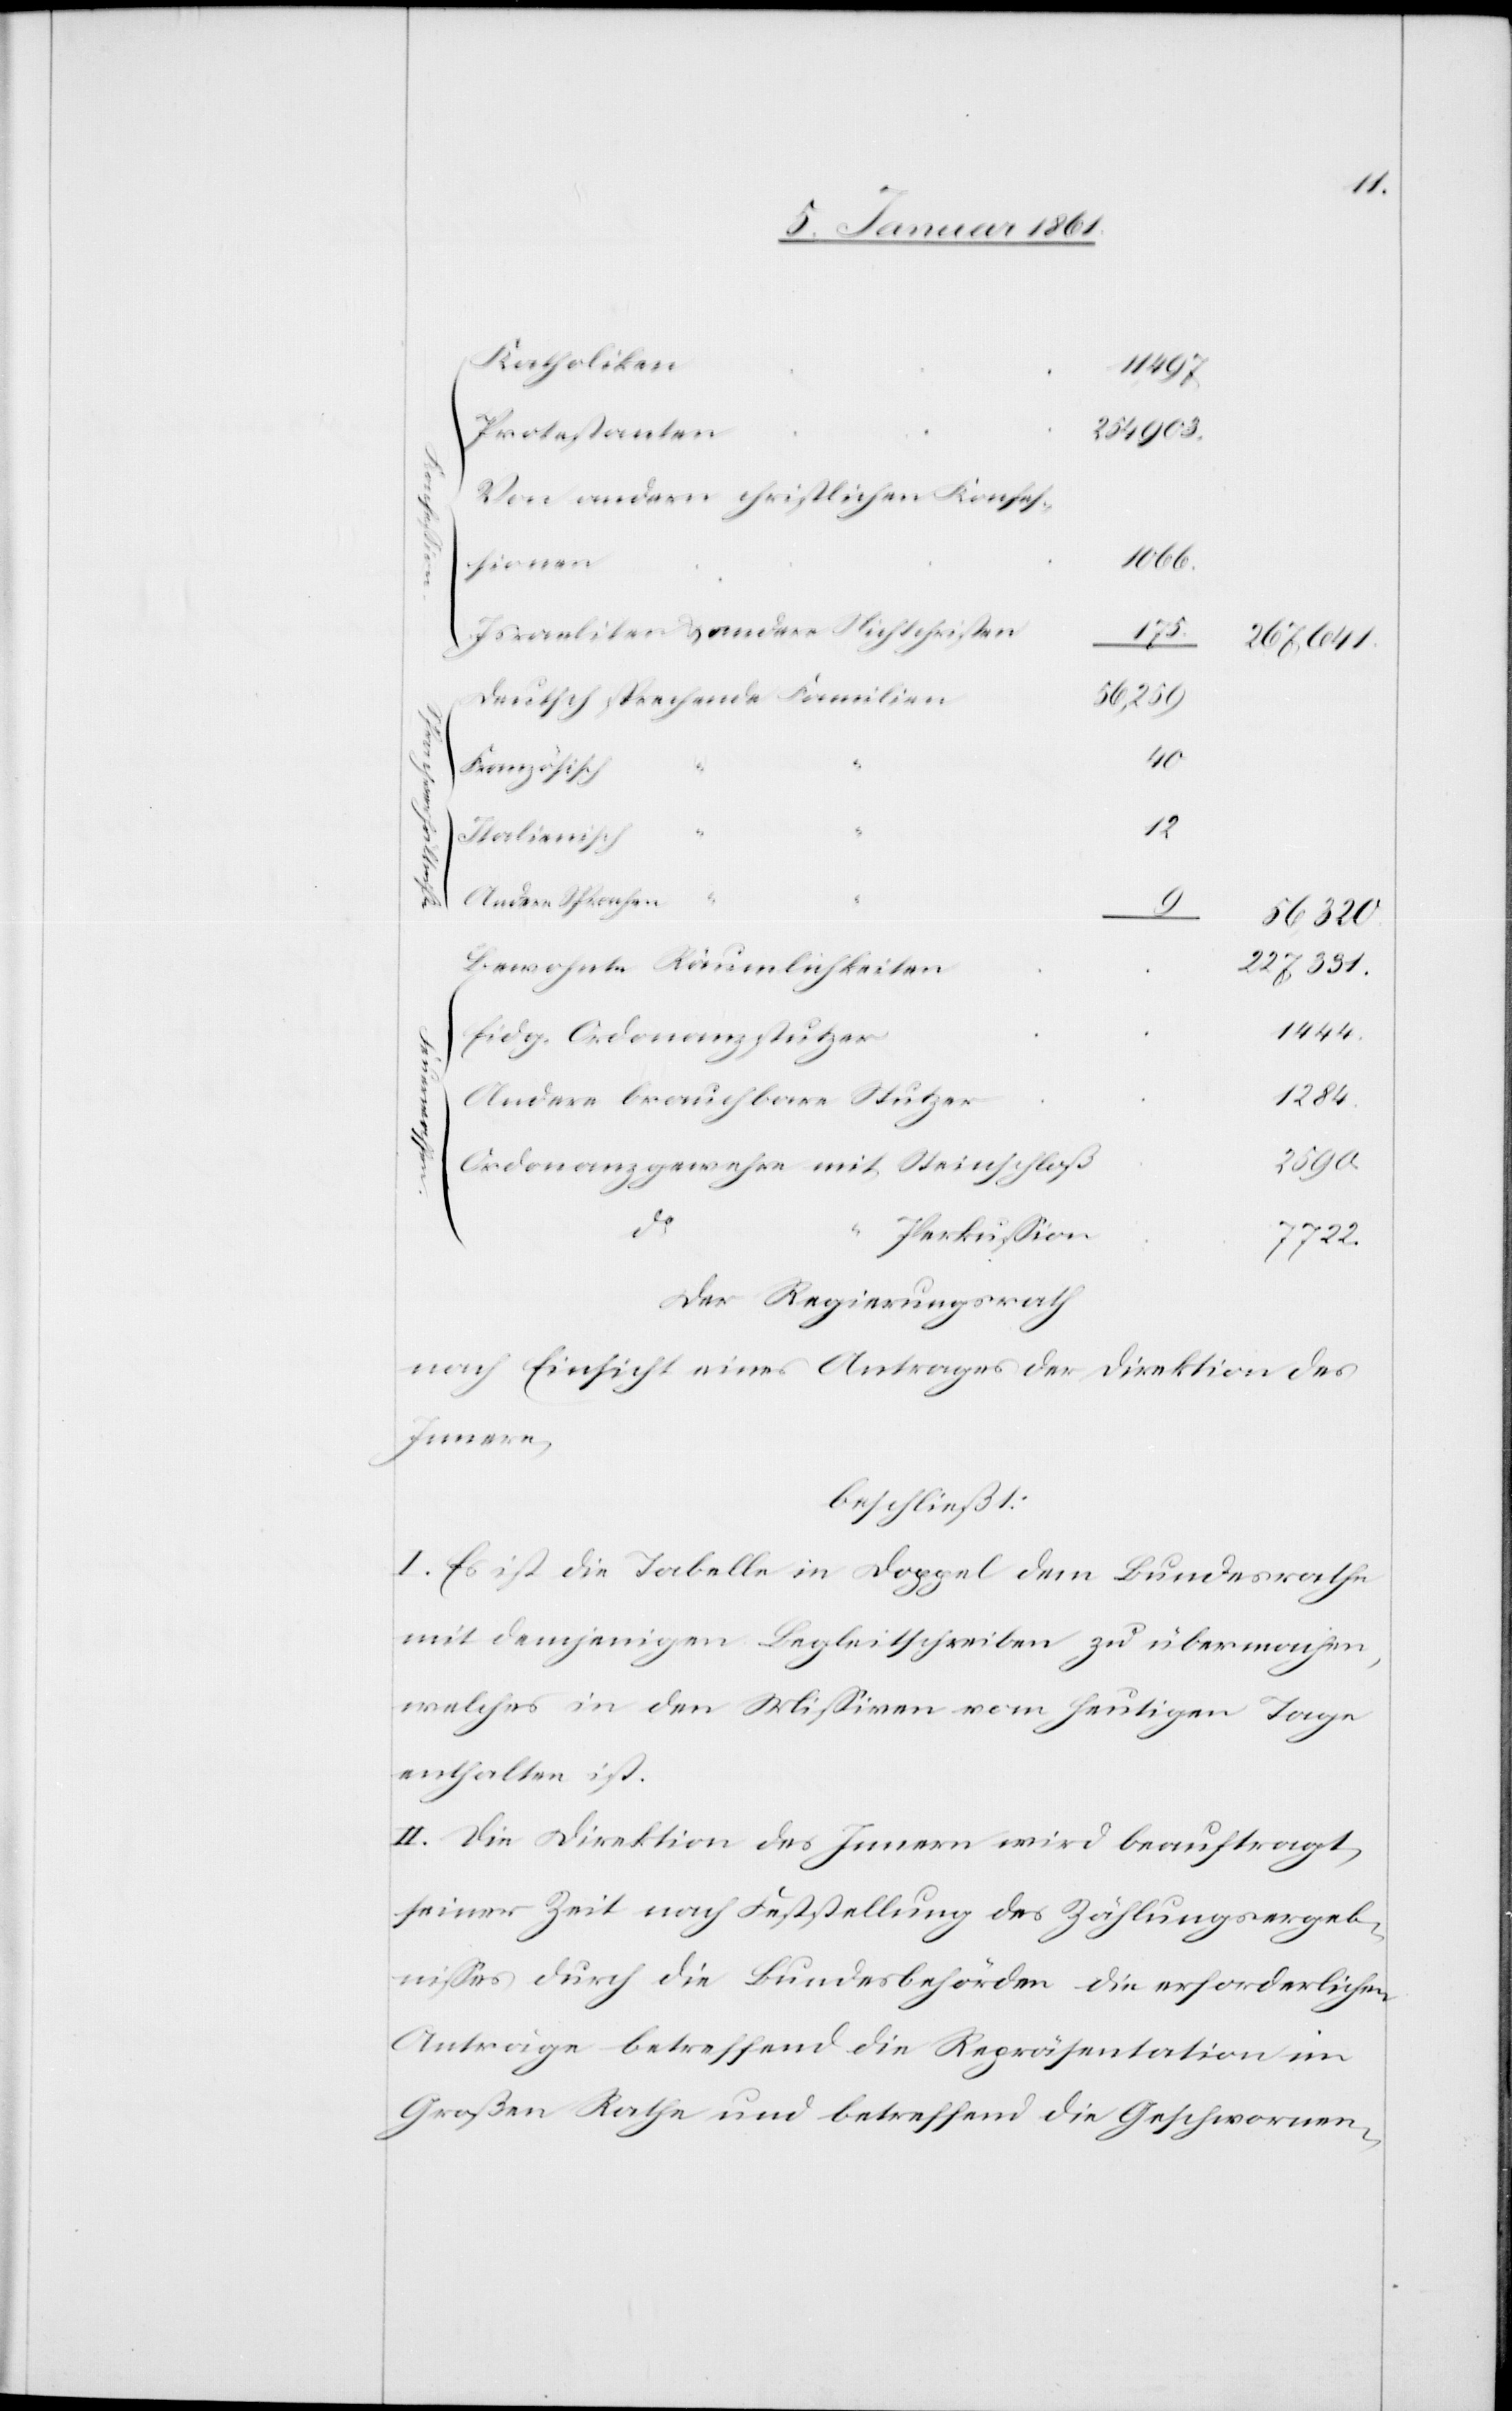
Katholiken
11 497
Protestanten
Von andern christlichen Konfes¬
1066
Israeliten u. andere Nichtchristen
1284
267,641
Deutsch sprechende Familien
56,259
r-waffen
40
Italienisch
2590
Andere Sprachen
56 320
Bewohnte Räumlichkeiten
227,331
1444
Eidg. Ordonanzstutzer
Andere brauchbare Stutzer
Ordonanzgewehre mit Steinschloß
do
Perkussion
7722
Der Regierungsrath
nach Einsicht eines Antrages der Direktion des
Innern,
beschließt:
I. Es ist die Tabelle in Doppel dem Bundesrathe
mit demjenigen Begleitschreiben zu übermachen,
welches in den Missiven vom heutigen Tage
enthalten ist.
II. Die Direktion des Innern wird beauftragt,
seiner Zeit nach Feststellung des Zählungsergeb¬
nisses durch die Bundesbehörden die erforderlichen
Anträge betreffend die Repräsentation im
Großen Rathe und betreffend die Geschwornen-